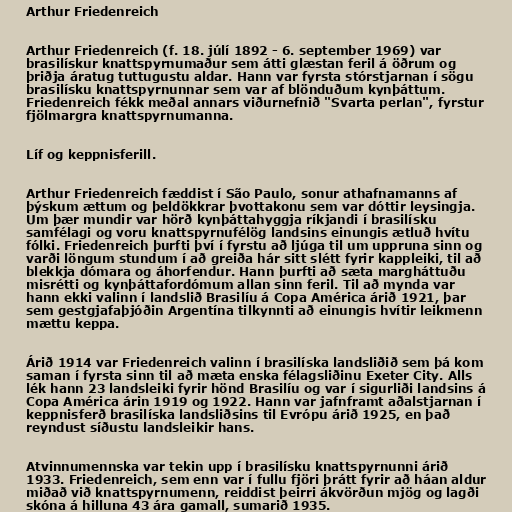
Arthur Friedenreich

Arthur Friedenreich (f. 18. júlí 1892 - 6. september 1969) var
brasilískur knattspyrnumaður sem átti glæstan feril á öðrum og
þriðja áratug tuttugustu aldar. Hann var fyrsta stórstjarnan í sögu
brasilísku knattspyrnunnar sem var af blönduðum kynþáttum.
Friedenreich fékk meðal annars viðurnefnið "Svarta perlan", fyrstur
fjölmargra knattspyrnumanna.

Líf og keppnisferill.

Arthur Friedenreich fæddist í São Paulo, sonur athafnamanns af
þýskum ættum og þeldökkrar þvottakonu sem var dóttir leysingja.
Um þær mundir var hörð kynþáttahyggja ríkjandi í brasilísku
samfélagi og voru knattspyrnufélög landsins einungis ætluð hvítu
fólki. Friedenreich þurfti því í fyrstu að ljúga til um uppruna sinn og
varði löngum stundum í að greiða hár sitt slétt fyrir kappleiki, til að
blekkja dómara og áhorfendur. Hann þurfti að sæta margháttuðu
misrétti og kynþáttafordómum allan sinn feril. Til að mynda var
hann ekki valinn í landslið Brasilíu á Copa América árið 1921, þar
sem gestgjafaþjóðin Argentína tilkynnti að einungis hvítir leikmenn
mættu keppa.

Árið 1914 var Friedenreich valinn í brasilíska landsliðið sem þá kom
saman í fyrsta sinn til að mæta enska félagsliðinu Exeter City. Alls
lék hann 23 landsleiki fyrir hönd Brasilíu og var í sigurliði landsins á
Copa América árin 1919 og 1922. Hann var jafnframt aðalstjarnan í
keppnisferð brasilíska landsliðsins til Evrópu árið 1925, en það
reyndust síðustu landsleikir hans.

Atvinnumennska var tekin upp í brasilísku knattspyrnunni árið
1933. Friedenreich, sem enn var í fullu fjöri þrátt fyrir að háan aldur
miðað við knattspyrnumenn, reiddist þeirri ákvörðun mjög og lagði
skóna á hilluna 43 ára gamall, sumarið 1935.